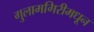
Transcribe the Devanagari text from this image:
गुलामगिरीमधून